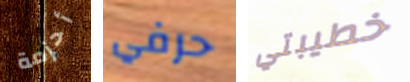
أحزمة حرفي خطيبتي